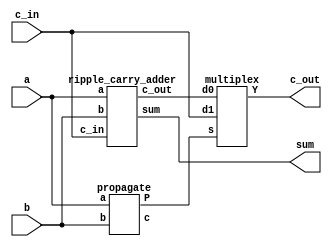
module carry_bypass_adder(input [3:0]a,
	input [3:0]b,
	input c_in,
	output [3:0]sum,
	output c_out);
	
	wire e1;
	wire [3:0]e2;
	wire c_internal_out;
	
	propagate u1(a,b,e2,e1);
	ripple_carry_adder u2(a,b,c_in,sum,c_internal_out);
	multiplex u3(e1,c_internal_out,c_in,c_out);
endmodule

module ripple_carry_adder(
	input [3:0]a,
	input [3:0]b,
	input c_in,
	output [3:0]sum,
	output c_out
	);
	
	wire w1,w2,w3,w4;
	full_adder u1(a[0],b[0],c_in,sum[0],w1);
	full_adder u2(a[1],b[1],w1,sum[1],w2);
	full_adder u3(a[2],b[2],w2,sum[2],w3);
	full_adder u4(a[3],b[3],w3,sum[3],c_out);
endmodule

module full_adder(
	input a,b,c_in,
	output sum,c_out
	);

	assign sum = a^b^c_in;
	assign c_out = ((a^b)&c_in)|(a&b) ;

endmodule

module propagate(
	input [3:0]a,b,
	output [3:0]c,
	output P);
	
	
	assign c = a^b;
	assign P = &c;

endmodule


module multiplex(
	input s,d0,d1,
	output Y
	);
	
	assign Y = ((~s)&d0)|(s&d1);
endmodule